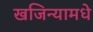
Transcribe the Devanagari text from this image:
खजिन्यामधे